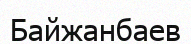
Байжанбаев